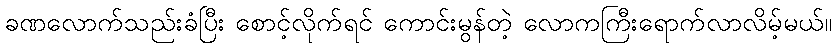
ခဏလောက်သည်းခံပြီး စောင့်လိုက်ရင် ကောင်းမွန်တဲ့ လောကကြီးရောက်လာလိမ့်မယ်။